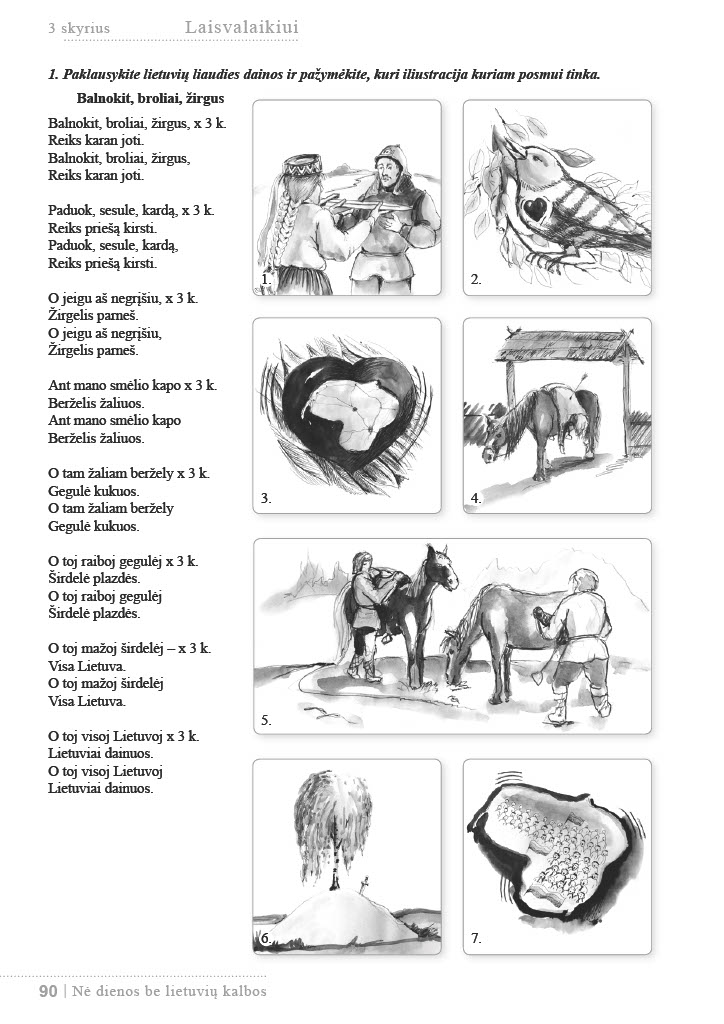
Language: lt